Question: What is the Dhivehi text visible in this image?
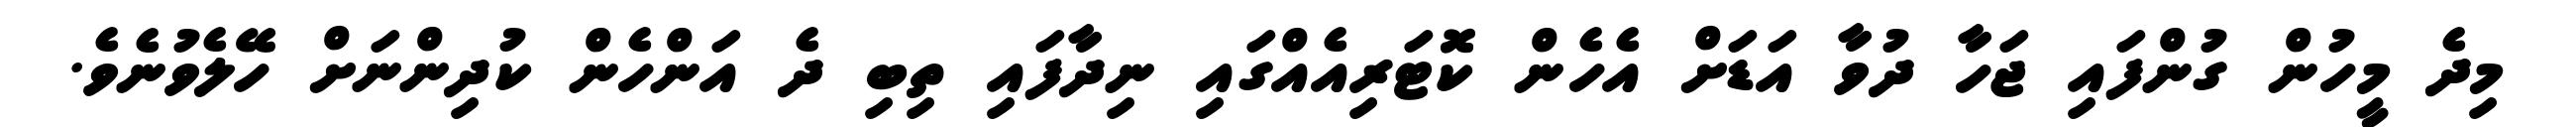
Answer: މިދެ މީހުން ގުންފައި ޖަހާ ދުވާ އަޑަށް އެހެން ކޮޓަރިއެއްގައި ނިދާފައި ތިބި ދެ އަންހެން ކުދިންނަށް ހޭލެވުނެވެ.